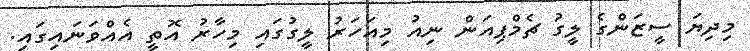
މިދިޔަ ސީޒަންގެ ލީގު ޗެމްޕިއަން ނިއު މިއަހަރު ލީގުގައި މިހާރު އޮތީ އެއްވަނައިގައި.